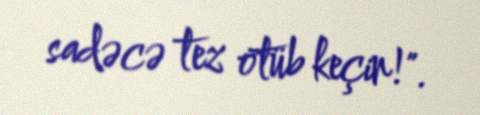
sadəcə tez ötüb keçin!".